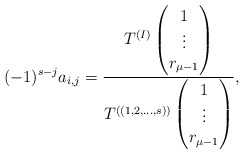
\begin{align*} (-1)^{s-j} a_{i,j}=\frac{T^{(I)}\begin{pmatrix}1 \\ \vdots \\ r_{\mu-1} \end{pmatrix}}{T^{((1,2,\dots,s))}\begin{pmatrix}1 \\ \vdots \\ r_{\mu-1} \end{pmatrix}},\end{align*}